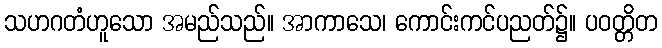
သဟဂတံဟူသော အမည်သည်။ အာကာသေ၊ ကောင်းကင်ပညတ်၌။ ပဝတ္တိတ